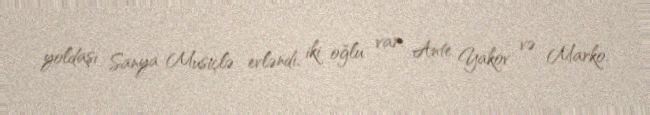
yoldaşı Sanya Musiçlə evləndi, iki oğlu var: Ante Yakov və Marko.